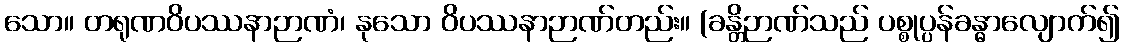
သော။ တရုဏဝိပဿနာဉာဏံ၊ နုသော ဝိပဿနာဉာဏ်တည်း။ (ခန္တိဉာဏ်သည် ပစ္စုပ္ပန်ခန္ဓာလျောက်၍